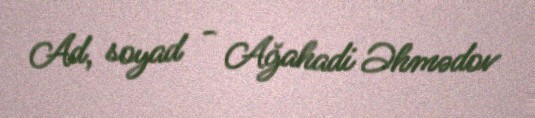
Ad, soyad - Ağahadi Əhmədov